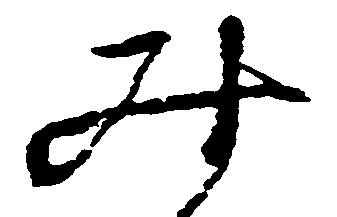
み